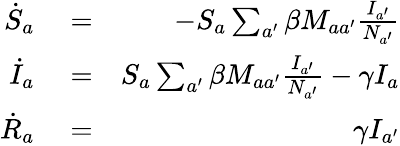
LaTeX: \begin{array}{rlr}{\dot{S}_{a}}&{{}=}&{-S_{a}\sum_{a^{\prime}}\beta M_{aa^{\prime}}\frac{I_{a^{\prime}}}{N_{a^{\prime}}}}\\ {\dot{I}_{a}}&{{}=}&{S_{a}\sum_{a^{\prime}}\beta M_{aa^{\prime}}\frac{I_{a^{\prime}}}{N_{a^{\prime}}}-\gamma I_{a}}\\ {\dot{R}_{a}}&{{}=}&{\gamma I_{a^{\prime}}}\end{array}